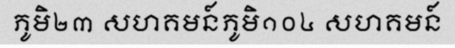
ភូមិ២៣ សហគមន៍ភូមិ១០៤ សហគមន៍